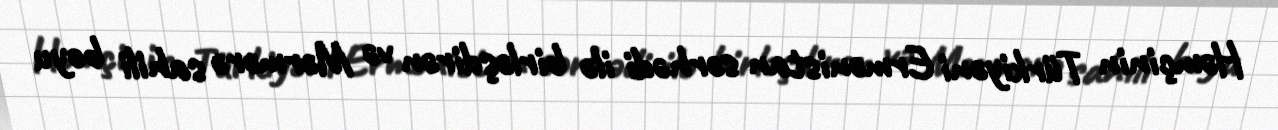
Həmçinin Türkiyəni Ermənistan sərhədi ilə birləşdirən və Mərmərə sahili boyu